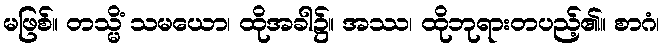
မဖြစ်။ တသ္မိံ သမယော၊ ထိုအခါ၌။ အဿ၊ ထိုဘုရားတပည့်၏။ စာဂံ၊